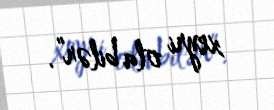
xeyri ola bilər”.